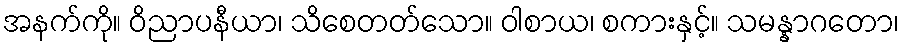
အနက်ကို။ ဝိညာပနီယာ၊ သိစေတတ်သော။ ဝါစာယ၊ စကားနှင့်။ သမန္နာဂတော၊